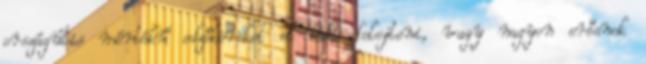
országútis mértékű edzőköröket el kell felejteni, vagy nagyon erősnek